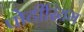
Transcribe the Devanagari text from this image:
पोटीरियम